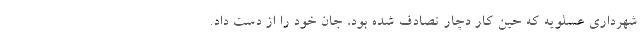
شهرداری عسلویه که حین کار دچار تصادف شده بود، جان خود را از دست داد.